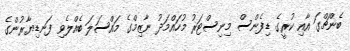
ބެންޗްގަ އާއި ކުރީގެ ޑިފެންސް މިނިސްޓަރު މުހައްމަދު ނާޒިމްގެ މައްސަލަ ބެއްލެވި ފަނޑިޔާރުންގެ